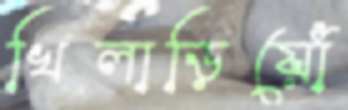
খিলাড়িয়োঁ